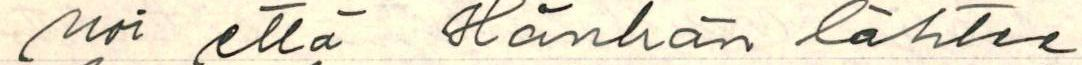
noi, että hänhän lähtee